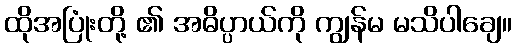
ထိုအပြုံးတို့ ၏ အဓိပ္ပာယ်ကို ကျွန်မ မသိပါချေ။